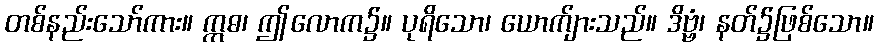
တစ်နည်းသော်ကား။ ဣဓ၊ ဤလောက၌။ ပုရိသော၊ ယောက်ျားသည်။ ဒိဗ္ဗံ၊ နတ်၌ဖြစ်သော။